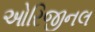
ઓરિજીનલ